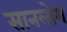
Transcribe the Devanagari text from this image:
सानलोग